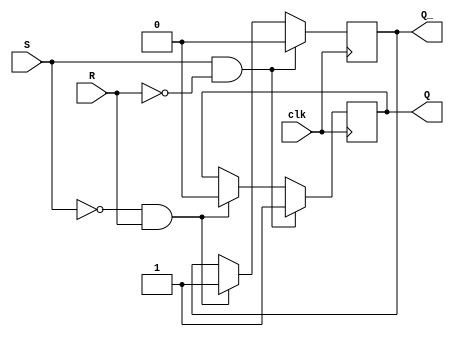
module SR_Latch (
    input S,
    input R,
    input clk,
    output reg Q,
    output reg Q_
);

always @(posedge clk) begin
    if (S && !R) // Set
        begin
            Q <= 1;
            Q_ <= 0;
        end
    else if (!S && R) // Reset
        begin
            Q <= 0;
            Q_ <= 1;
        end
    else
        begin
            Q <= Q;
            Q_ <= Q_;
        end
end

endmodule